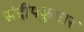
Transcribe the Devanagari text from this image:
संदीपकुमार